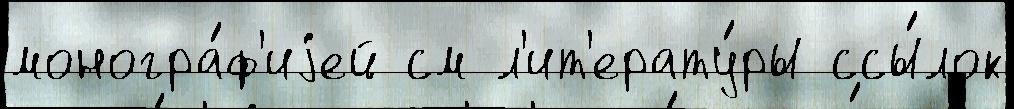
моногра́ф'иjей см л'ит'ерату́ры ссы́лок